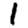
Digit: 1